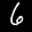
Label: 6